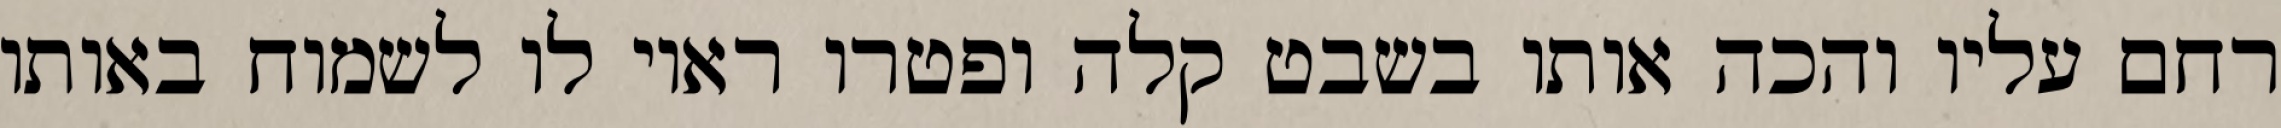
רחם עליו והכה אותו בשבט קלה ופטרו ראוי לו לשמוח באותו